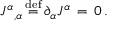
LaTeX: { J ^ { \alpha } } _ { , \alpha } \, { \stackrel { \mathrm { d e f } } { = } } \, \partial _ { \alpha } J ^ { \alpha } \, = \, 0 \, .